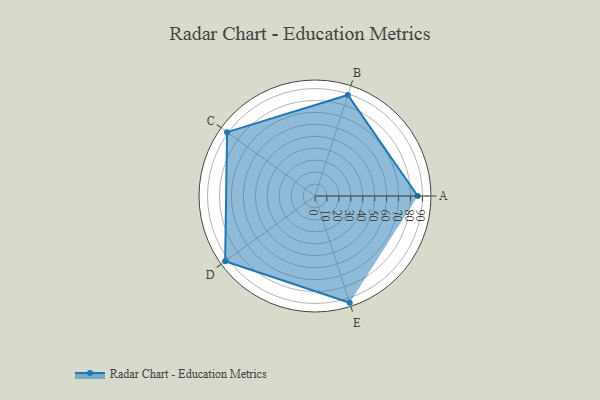
{"axis": {"x": "Skill", "y": "Score"}, "legend": ["Profile"], "data": [{"x": "A", "y": 86.0, "type": "Profile"}, {"x": "B", "y": 89.0, "type": "Profile"}, {"x": "C", "y": 91.0, "type": "Profile"}, {"x": "D", "y": 93.0, "type": "Profile"}, {"x": "E", "y": 94.0, "type": "Profile"}]}